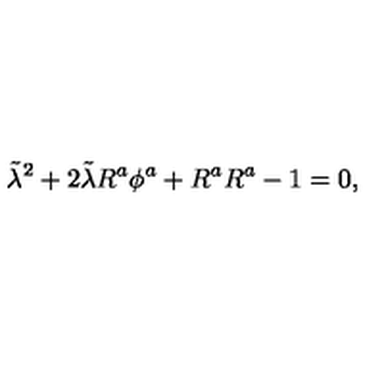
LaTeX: \tilde { \lambda } ^ { 2 } + 2 \tilde { \lambda } R ^ { a } \phi ^ { a } + R ^ { a } R ^ { a } - 1 = 0 ,